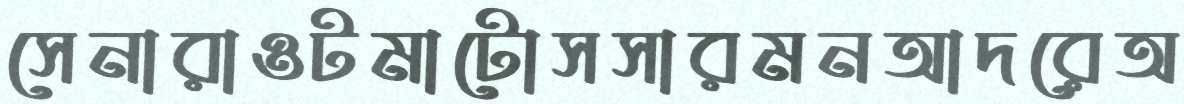
সেনারাওটমাটোসসারমনআদরেঅ